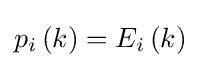
p_{i}\left(k\right)=E_{i}\left(k\right)